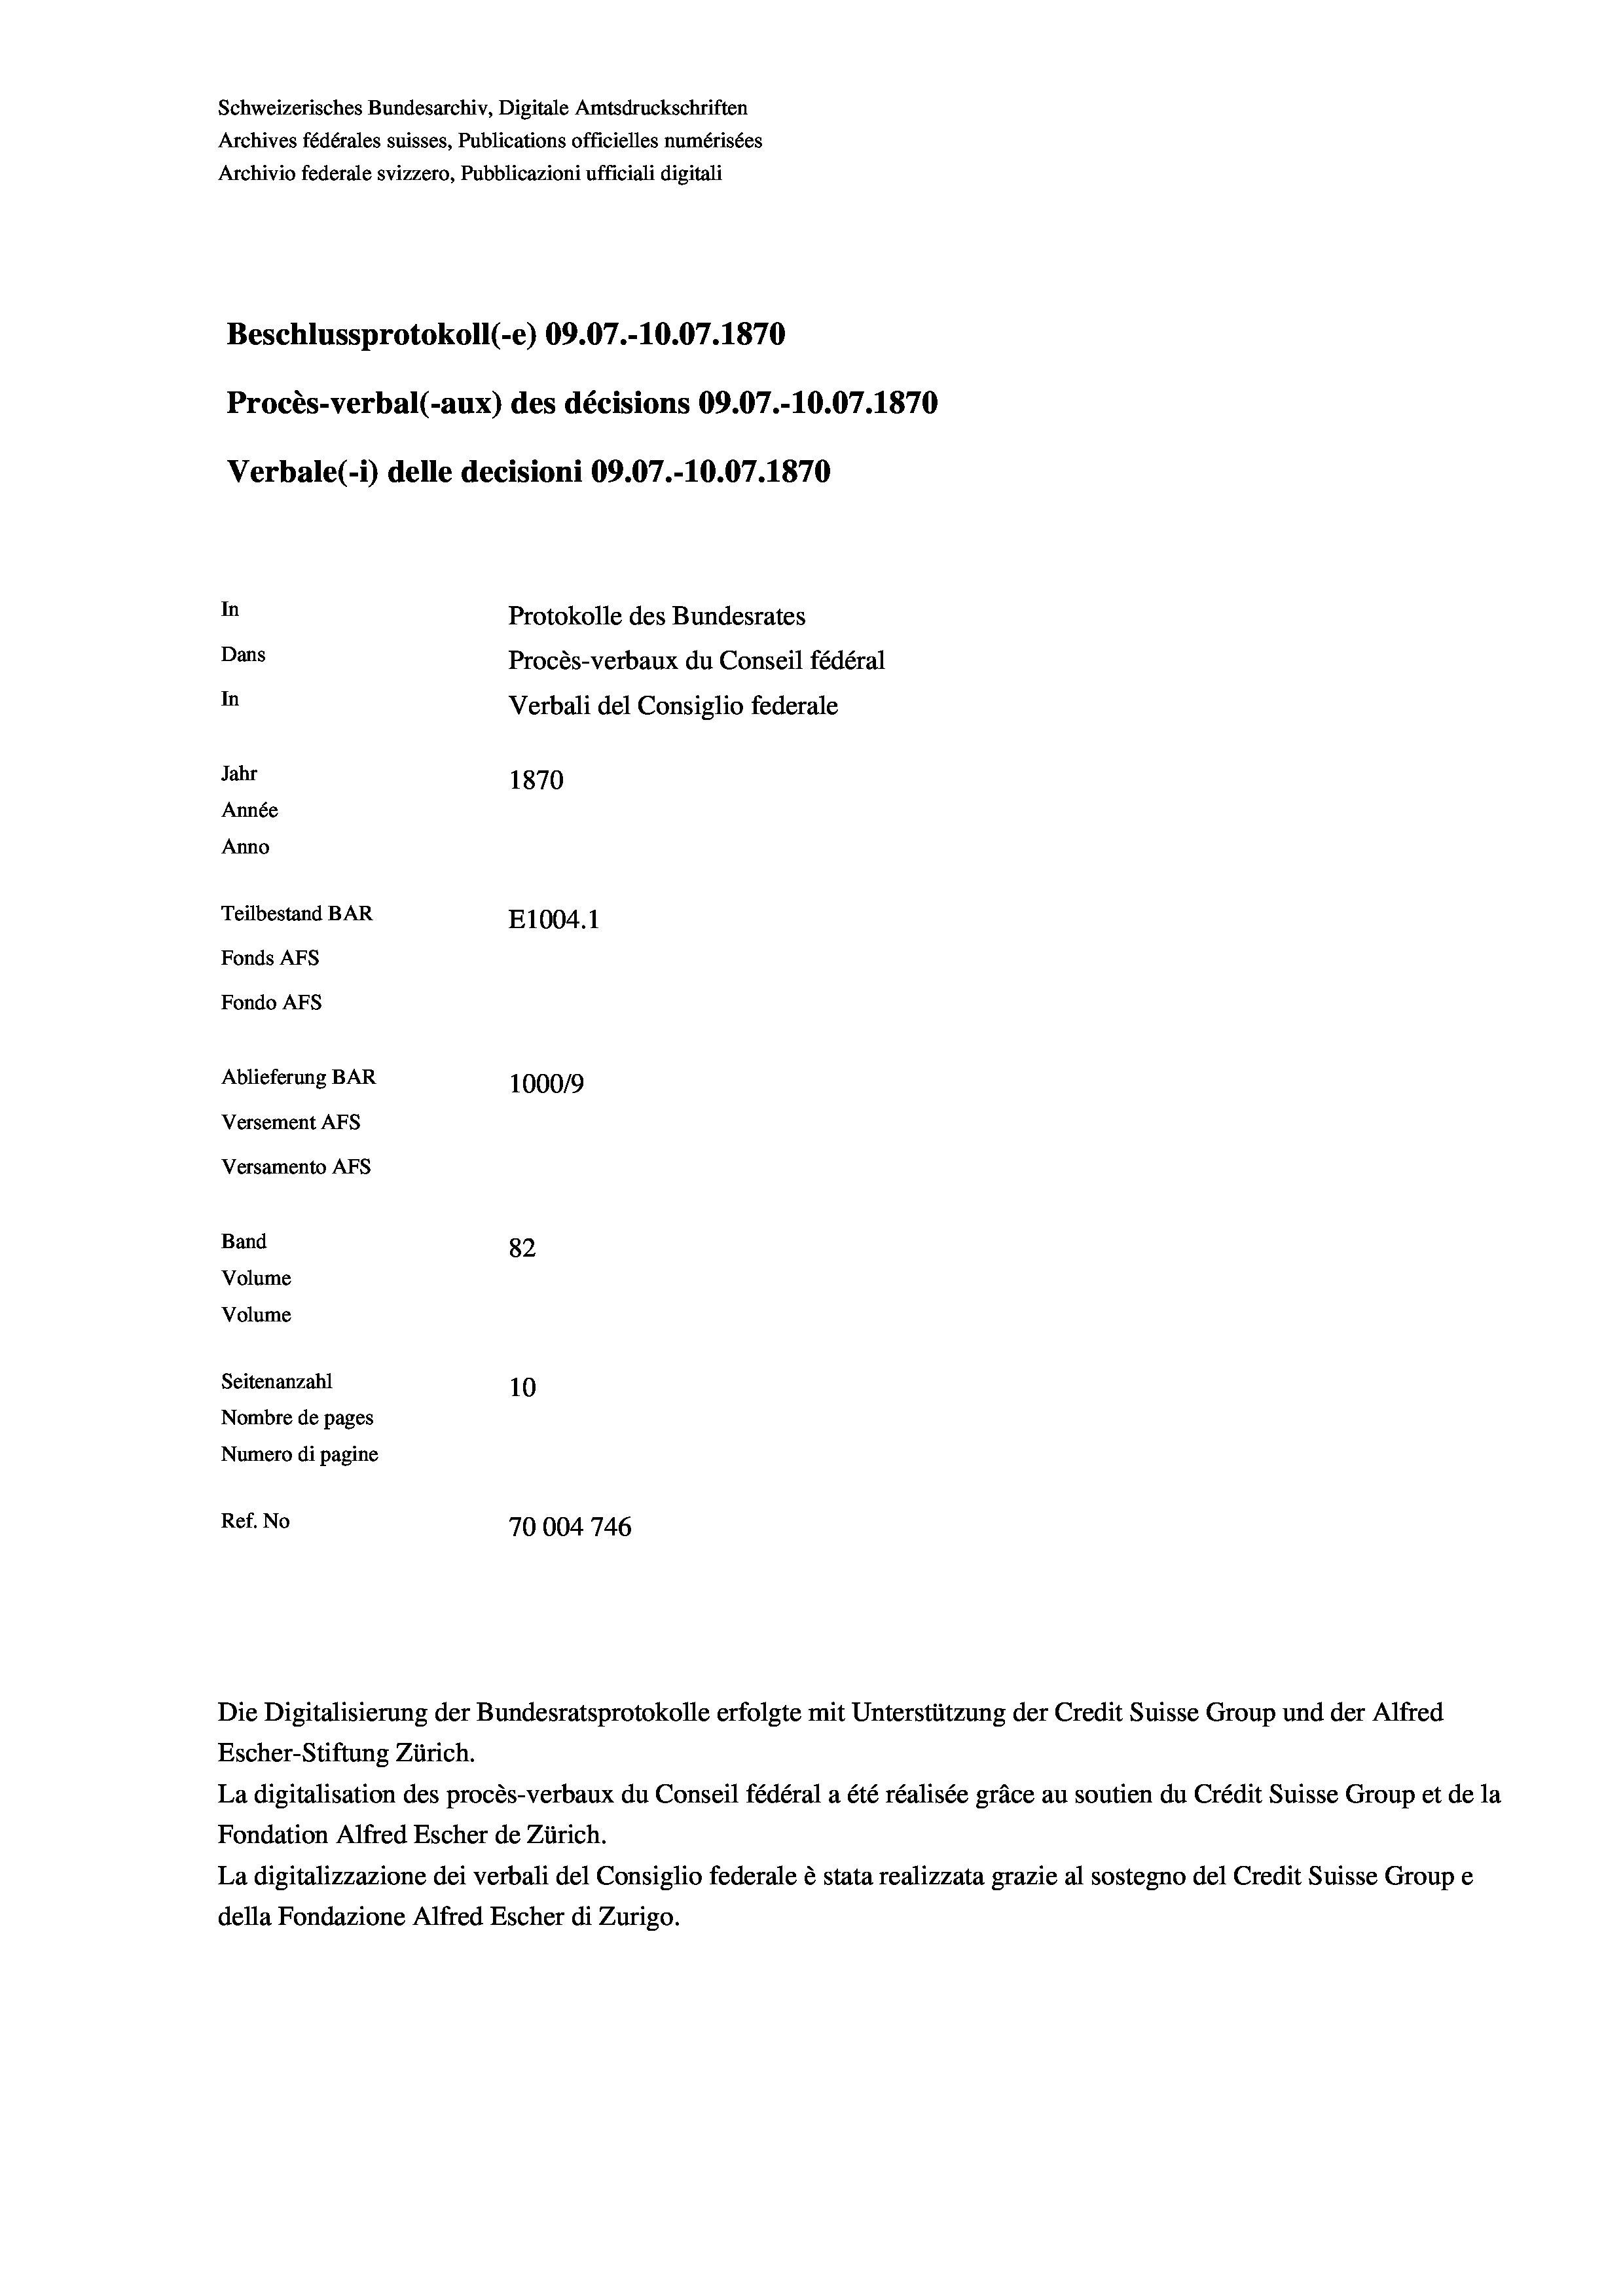
Schweizerisches Bundesarchiv, Digitale Amtsdruckschriften
Archives fédérales suisses, Publications officielles numérisées
Archivio federale svizzero, Pubblicazioni ufficiali digitali
Beschlussprotokoll (-e) 09.07.-10.07. 1870
Procès-verbal (-aux) des décisions 09.07.-10.07. 1870
Verbale (- 1) delle decisioni 09.07.-10.07. 1870
In
Protokolle des Bundesrates
Dans
Procès-verbaux du Conseil fédéral
In
Verbali del Consiglio federale
Jahr
1870
Année
Anno
Teilbestand BAR
E1004. 1
Fonds AFs
Fondo Afs
Ablieferung BAR
100019
Versement Ans
Versamento Afs
Band
82
Volume
Volume
Seitenanzahl
10
Nombre de pages
Numero di pagine

Ref. No
70004746

La digitalisation des procès-verbaux du Conseil fédéral a été réalisée gräce au soutien du Crédit Suisse Group et de la
Fondation Alfred Escher de Zürich.
La digitalizzazione dei verbali del Consiglio federale è stata realizzata grazie al sostegno del Credit Suisse Groupe
della Fondazione Alfred Escher di Zurigo.

Die Digitalisierung der Bundesratsprotokolle erfolgte mit Unterstützung der Credit Suisse Group und der Alfred
Escher-Stiftung Zürich.